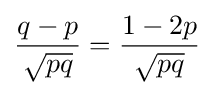
{\frac {q-p}{\sqrt {pq}}}={\frac {1-2p}{\sqrt {pq}}}